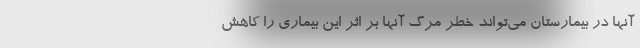
آنها در بیمارستان می‌تواند خطر مرگ آنها بر اثر این بیماری را کاهش